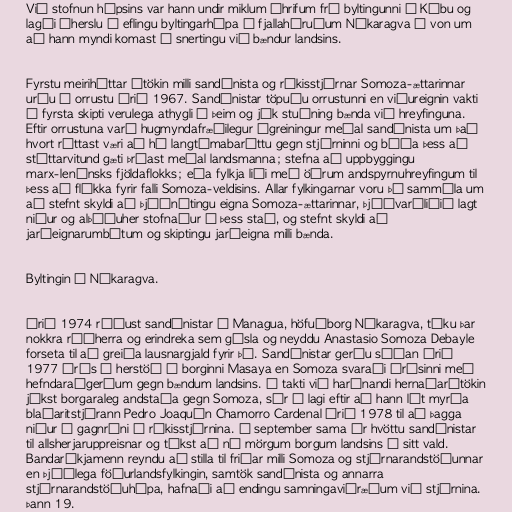
Við stofnun hópsins var hann undir miklum áhrifum frá byltingunni á Kúbu og
lagði áherslu á eflingu byltingarhópa í fjallahéruðum Níkaragva í von um
að hann myndi komast í snertingu við bændur landsins.

Fyrstu meiriháttar átökin milli sandínista og ríkisstjórnar Somoza-ættarinnar
urðu í orrustu árið 1967. Sandínistar töpuðu orrustunni en viðureignin vakti
í fyrsta skipti verulega athygli á þeim og jók stuðning bænda við hreyfinguna.
Eftir orrustuna varð hugmyndafræðilegur ágreiningur meðal sandínista um það
hvort réttast væri að há langtímabaráttu gegn stjórninni og bíða þess að
stéttarvitund gæti þróast meðal landsmanna; stefna að uppbyggingu
marx-lenínsks fjöldaflokks; eða fylkja liði með öðrum andspyrnuhreyfingum til
þess að flýkka fyrir falli Somoza-veldisins. Allar fylkingarnar voru þó sammála um
að stefnt skyldi að þjóðnýtingu eigna Somoza-ættarinnar, þjóðvarðliðið lagt
niður og alþýðuher stofnaður í þess stað, og stefnt skyldi að
jarðeignarumbótum og skiptingu jarðeigna milli bænda.

Byltingin í Níkaragva.

Árið 1974 réðust sandínistar á Managua, höfuðborg Níkaragva, tóku þar
nokkra ráðherra og erindreka sem gísla og neyddu Anastasio Somoza Debayle
forseta til að greiða lausnargjald fyrir þá. Sandínistar gerðu síðan árið
1977 árás á herstöð í borginni Masaya en Somoza svaraði árásinni með
hefndaraðgerðum gegn bændum landsins. Í takti við harðnandi hernaðarátökin
jókst borgaraleg andstaða gegn Somoza, sér í lagi eftir að hann lét myrða
blaðaritstjórann Pedro Joaquín Chamorro Cardenal árið 1978 til að þagga
niður í gagnrýni á ríkisstjórnina. Í september sama ár hvöttu sandínistar
til allsherjaruppreisnar og tókst að ná mörgum borgum landsins á sitt vald.
Bandaríkjamenn reyndu að stilla til friðar milli Somoza og stjórnarandstöðunnar
en Þjóðlega föðurlandsfylkingin, samtök sandínista og annarra
stjórnarandstöðuhópa, hafnaði að endingu samningaviðræðum við stjórnina.
Þann 19.